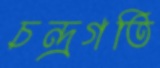
চন্দ্রগতি